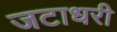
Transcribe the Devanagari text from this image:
जटाधरी